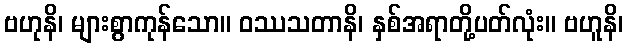
ဗဟုနိ၊ များစွာကုန်သော။ ဝဿသတာနိ၊ နှစ်အရာတို့ပတ်လုံး။ ဗဟူနိ၊